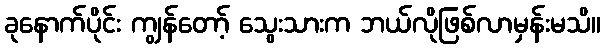
ခုနောက်ပိုင်း ကျွန်တော့် သွေးသားက ဘယ်လိုဖြစ်လာမှန်းမသိ။